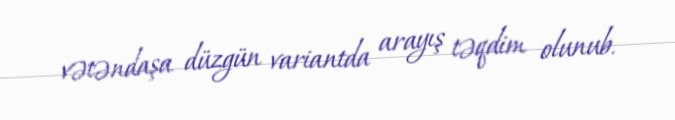
vətəndaşa düzgün variantda arayış təqdim olunub.